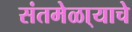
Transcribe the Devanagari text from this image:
संतमेळा्याचे